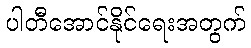
ပါတီအောင်နိုင်ရေးအတွက်